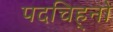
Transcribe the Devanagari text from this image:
पदचिह्‌नों